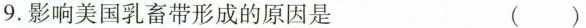
9.影响美国乳畜带形成的原因是 ( )